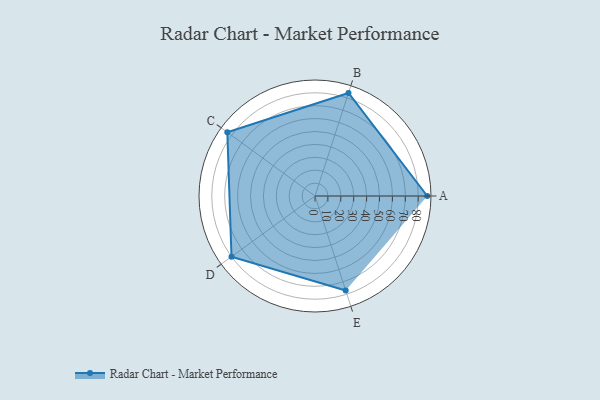
{"axis": {"x": "Skill", "y": "Score"}, "legend": ["Profile"], "data": [{"x": "A", "y": 87.0, "type": "Profile"}, {"x": "B", "y": 84.0, "type": "Profile"}, {"x": "C", "y": 84.0, "type": "Profile"}, {"x": "D", "y": 80.0, "type": "Profile"}, {"x": "E", "y": 77.0, "type": "Profile"}]}